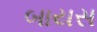
બાયસ